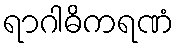
ရာဂါဓိကရဏံ